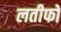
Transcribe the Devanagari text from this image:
लतीफों